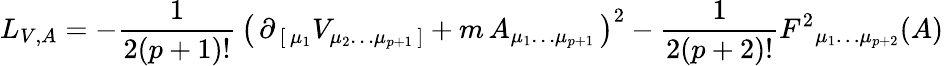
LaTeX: L_{V,A}=-{\frac{1}{2(p+1)!}}\, \left(\, \partial_{\, [\, \mu_{1}}V_{\mu_{2}\dots\mu_{p+1}\, ]}+m\, A_{\mu_{1}\dots\mu_{p+1}}\, \right)^{2}-{\frac{1}{2(p+2)!}}F^{2}{}_{\mu_{1}\dots\mu_{p+2}}(A)